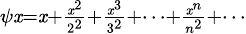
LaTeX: \scriptstyle\psi\mathit{x}=\mathit{x}+{\frac{{\mathit{x}^{2}}}{{2^{2}}}}+{\frac{{\mathit{x}^{3}}}{{3^{2}}}}+\cdots+{\frac{{\mathit{x}^{n}}}{{n^{2}}}}+\cdots